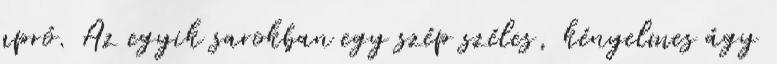
apró. Az egyik sarokban egy szép széles, kényelmes ágy